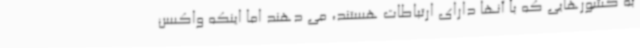
به کشورهایی که با آنها دارای ارتباطات هستند، می دهند اما اینکه واکسن